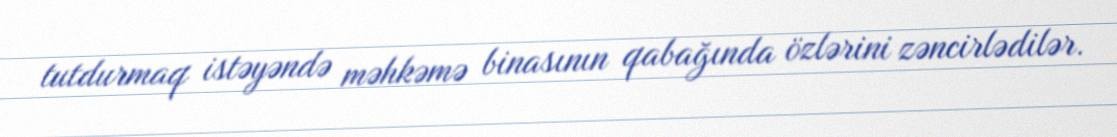
tutdurmaq istəyəndə məhkəmə binasının qabağında özlərini zəncirlədilər.